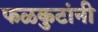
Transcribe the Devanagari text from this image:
फळकुटांनी